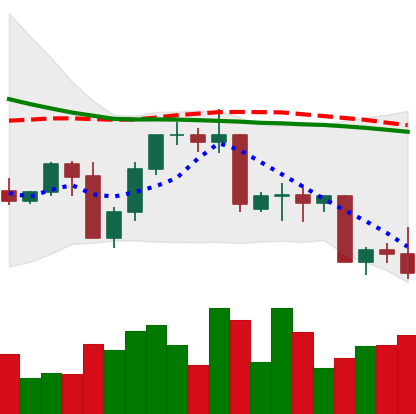
Ticker: NEO-USD
Chart end date: 2022-09-21
Forward return: 3.601%
Label: up_3_5